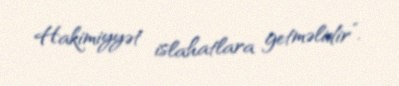
Hakimiyyət islahatlara getməlidir”.